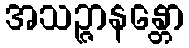
အသဉ္ဇာနန္တော